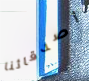
أصدقائنا